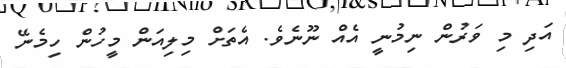
އަދި މި ވަރުން ނިމުނީ އެއް ނޫނެވެ. އެތަށް މިލިއަން މީހުން ހިމެނޭ